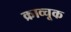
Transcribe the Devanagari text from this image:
क्राव्चूक